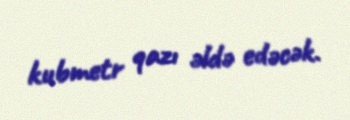
kubmetr qazı əldə edəcək.